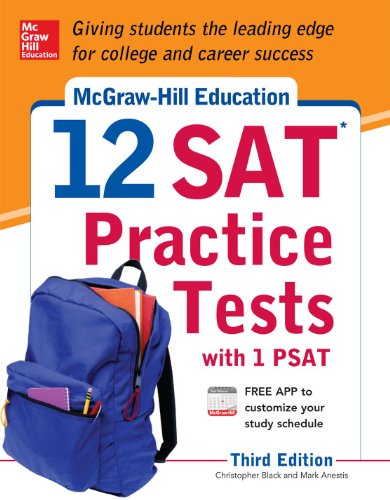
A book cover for McGraw-Hill Education 12 SAT Practice Tests with PSAT, 3rd Edition; Christopher Black; Test Preparation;